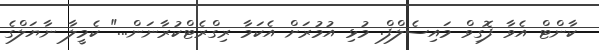
ކާންޓް އެވާ ފޮގިވް މައިސެލްފް. މުޅި އުމުރަށް އެކަމާ ރިގްރެޓްކުރާނަން..." ކެމީލާ ނާޔަލްގެ